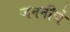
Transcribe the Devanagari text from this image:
जननीचे